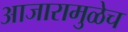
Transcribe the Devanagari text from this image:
आजारामुळेच